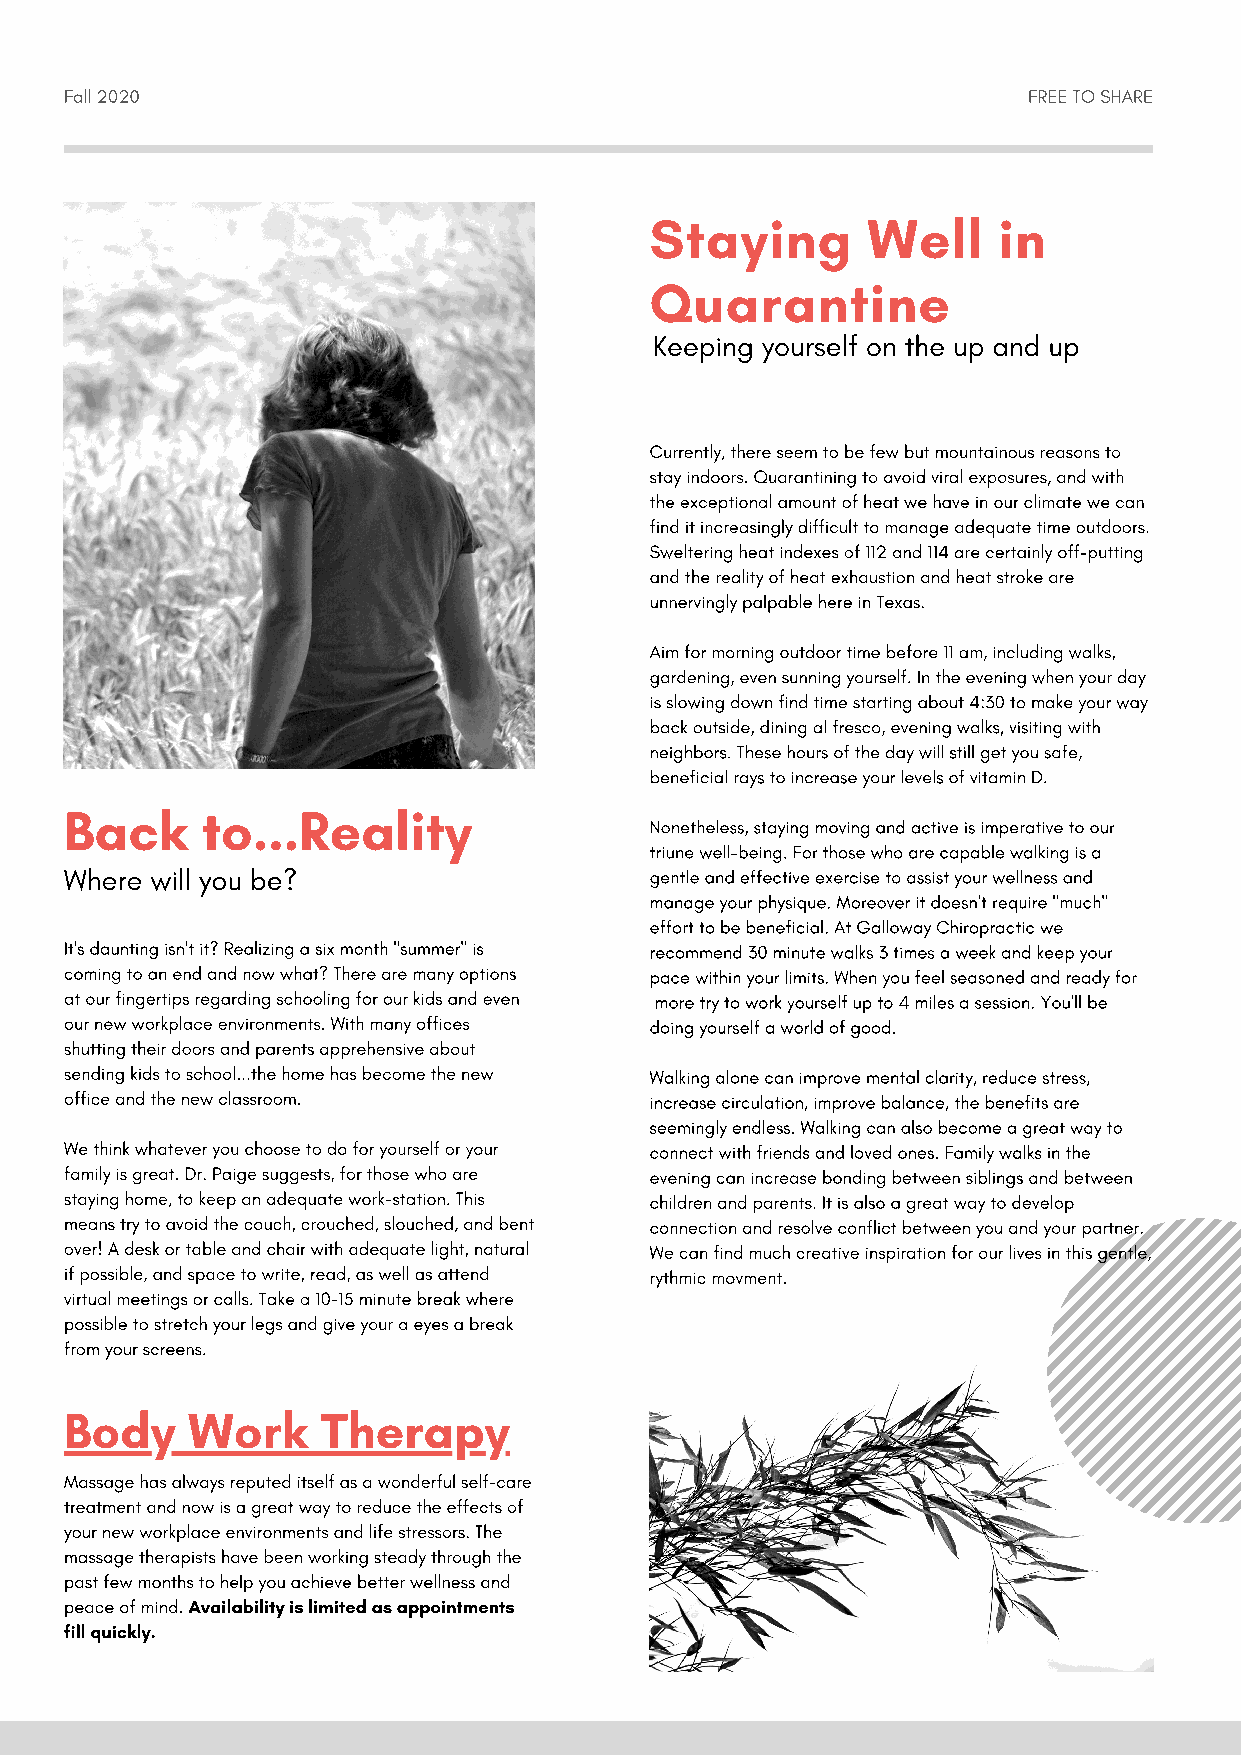
Fall 2020                                                       FREE TO SHARE
 Staying       Well     in
 Quarantine
 Keeping yourself on the up and up
 Currently, there seem to be few but mountainous reasons to
 stay indoors. Quarantining to avoid viral exposures, and with
 the exceptional amount of heat we have in our climate we can
 find it increasingly difficult to manage adequate time outdoors.
 Sweltering heat indexes of 112 and 114 are certainly off-putting
 and the reality of heat exhaustion and heat stroke are
 unnervingly palpable here in Texas.
 Aim for morning outdoor time before 11 am, including walks,
 gardening, even sunning yourself. In the evening when your day
 is slowing down find time starting about 4:30 to make your way
 back outside, dining al fresco, evening walks, visiting with
 neighbors. These hours of the day will still get you safe,
 beneficial rays to increase your levels of vitamin D.
 Back     to...Reality
 Nonetheless, staying moving and active is imperative to our
 triune well-being. For those who are capable walking is a
 Where will you be?                     gentle and effective exercise to assist your wellness and
 manage your physique. Moreover it doesn't require "much"
 effort to be beneficial. At Galloway Chiropractic we
 It's daunting isn't it? Realizing a six month "summer" is recommend 30 minute walks 3 times a week and keep your
 coming to an end and now what? There are many options pace within your limits. When you feel seasoned and ready for
 at our fingertips regarding schooling for our kids and even more try to work yourself up to 4 miles a session. You'll be
 our new workplace environments. With many offices doing yourself a world of good.
 shutting their doors and parents apprehensive about
 sending kids to school...the home has become the new Walking alone can improve mental clarity, reduce stress,
 office and the new classroom.          increase circulation, improve balance, the benefits are
 seemingly endless. Walking can also become a great way to
 We think whatever you choose to do for yourself or your connect with friends and loved ones. Family walks in the
 family is great. Dr. Paige suggests, for those who are evening can increase bonding between siblings and between
 staying home, to keep an adequate work-station. This children and parents. It is also a great way to develop
 means try to avoid the couch, crouched, slouched, and bent connection and resolve conflict between you and your partner.
 over! A desk or table and chair with adequate light, natural We can find much creative inspiration for our lives in this gentle,
 if possible, and space to write, read, as well as attend rythmic movment.
 virtual meetings or calls. Take a 10-15 minute break where
 possible to stretch your legs and give your a eyes a break
 from your screens.
 Body    Work     Therapy
 Massage has always reputed itself as a wonderful self-care
 treatment and now is a great way to reduce the effects of
 your new workplace environments and life stressors. The
 massage therapists have been working steady through the
 past few months to help you achieve better wellness and
 peace of mind. Availability is limited as appointments
 fill quickly.